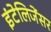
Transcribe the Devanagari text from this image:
इंटेलिजेंसर